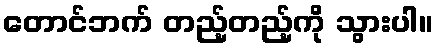
တောင်ဘက် တည့်တည့်ကို သွားပါ။